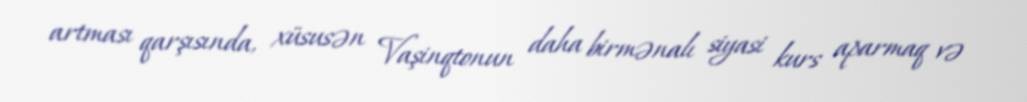
artması qarşısında, xüsusən Vaşinqtonun daha birmənalı siyasi kurs aparmaq və